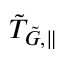
\tilde { T } _ { \tilde { G } , \parallel }